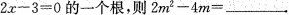
2 x - 3 = 0$$的一个根，则$$2 m ^ { 2 } - 4 m =$$___.